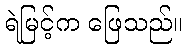
ရဲမြင့်က ဖြေသည်။